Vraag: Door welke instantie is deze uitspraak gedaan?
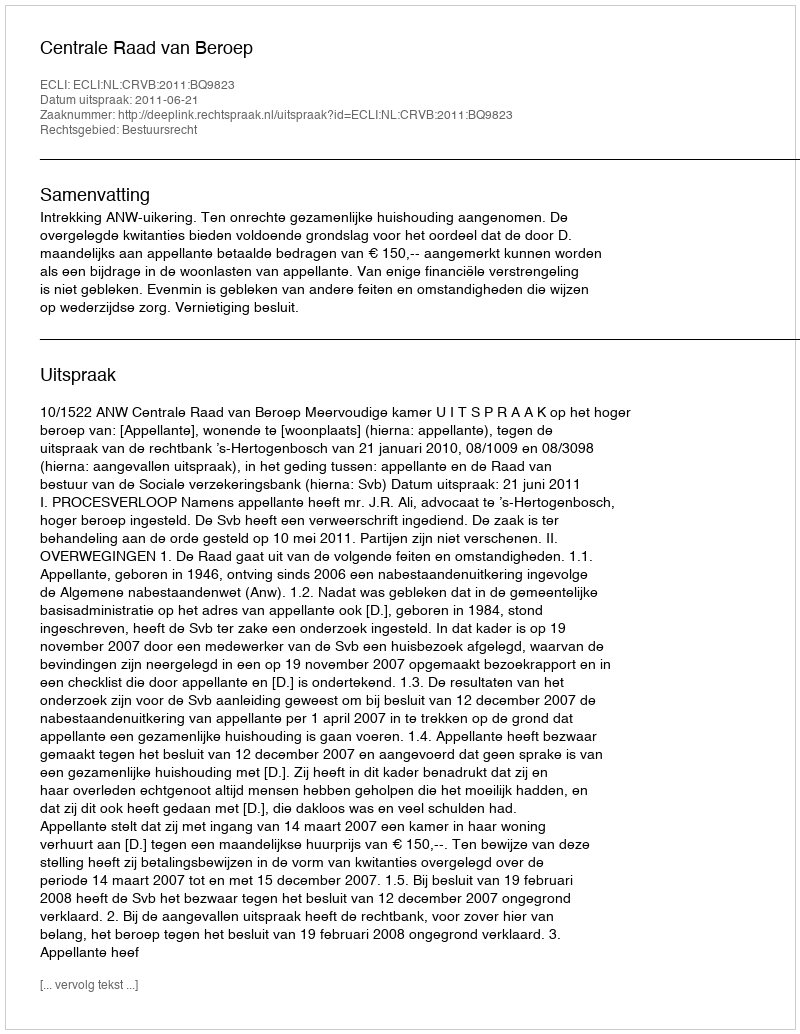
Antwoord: Centrale Raad van Beroep